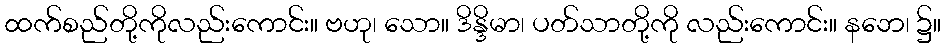
ထက်စည်တို့ကိုလည်းကောင်း။ ဗဟု၊ သော။ ဒိန္ဒိမာ၊ ပတ်သာတို့ကို လည်းကောင်း။ နဘေ၊ ၌။